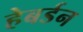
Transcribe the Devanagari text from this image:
हेबर्डन